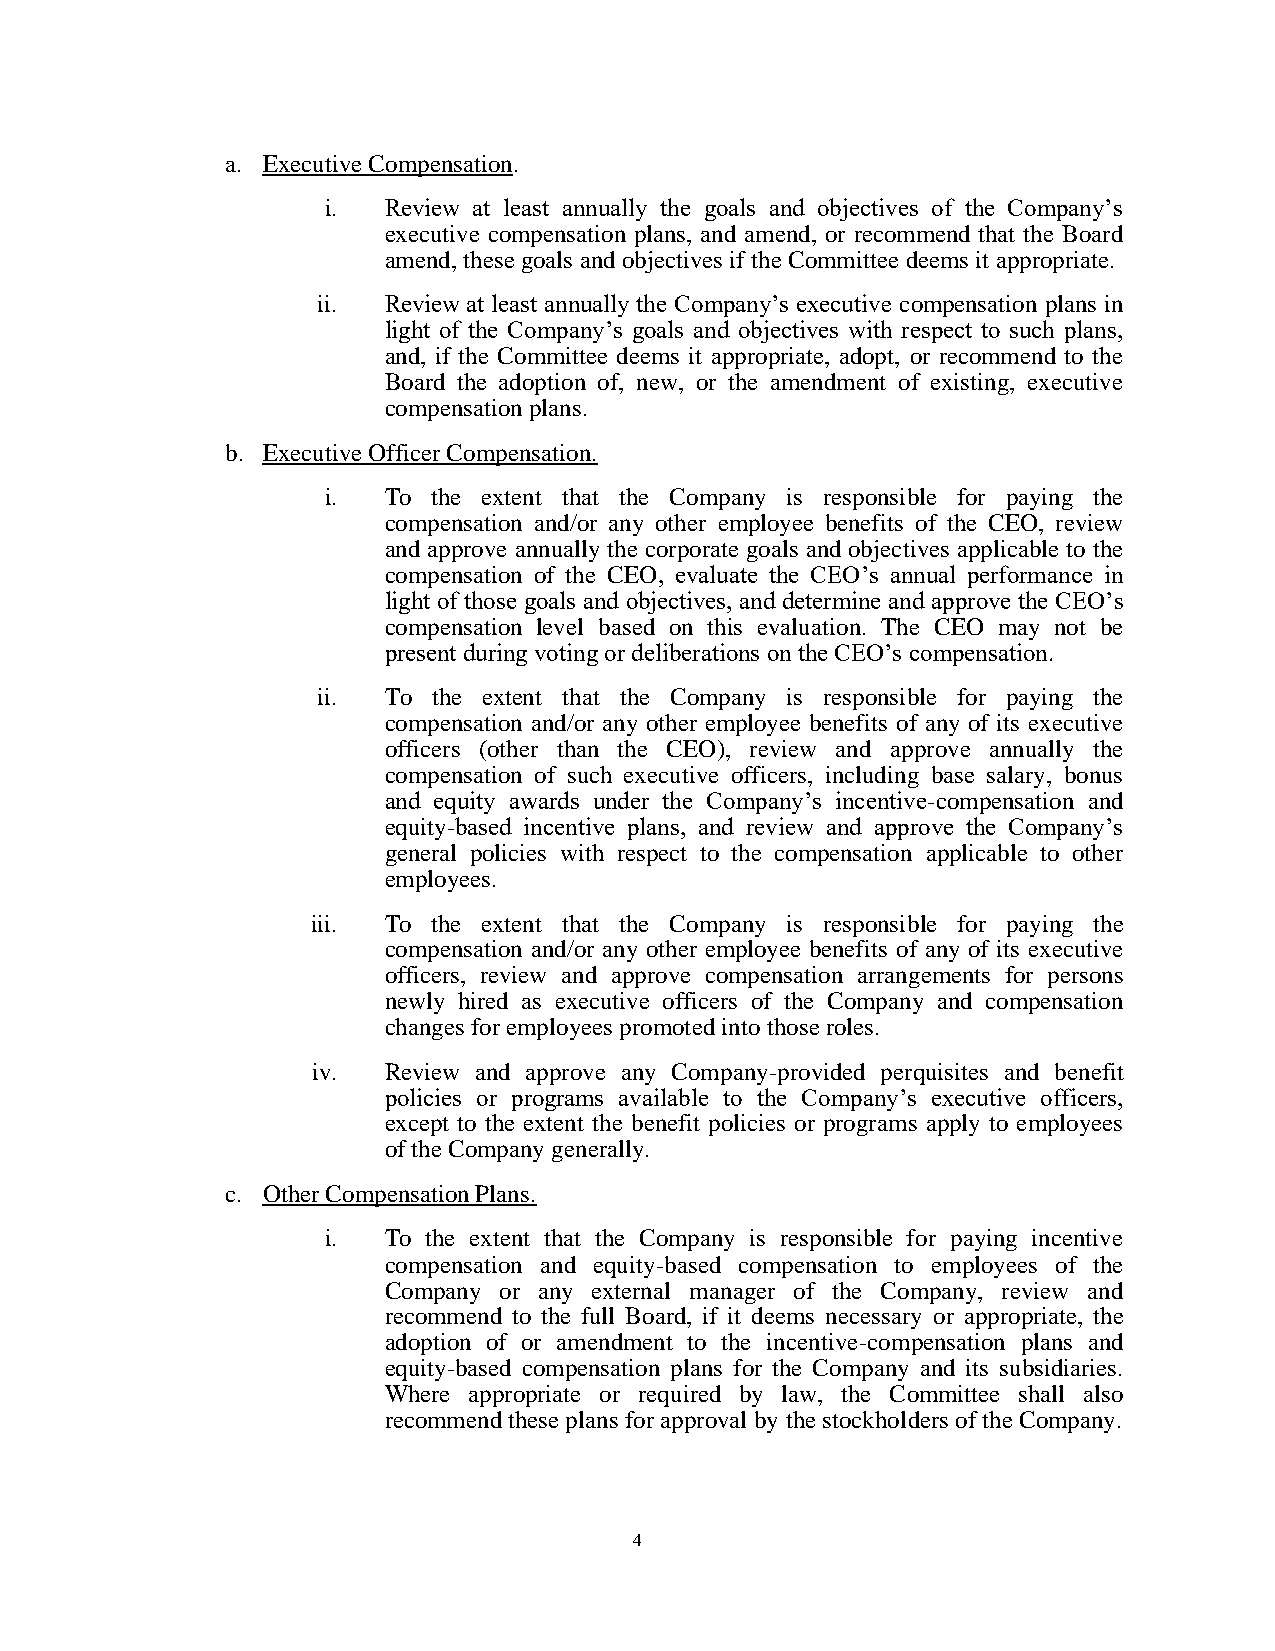
a. Executive Compensation.
 i.  Review at least annually the goals and objectives of the Company’s
 executive compensation plans, and amend, or recommend that the Board
 amend, these goals and objectives if the Committee deems it appropriate.
 ii. Review at least annually the Company’s executive compensation plans in
 light of the Company’s goals and objectives with respect to such plans,
 and, if the Committee deems it appropriate, adopt, or recommend to the
 Board the adoption of, new, or the amendment of existing, executive
 compensation plans.
 b. Executive Officer Compensation.
 i.  To  the extent that the Company is responsible for paying the
 compensation and/or any other employee benefits of the CEO, review
 and approve annually the corporate goals and objectives applicable to the
 compensation of the CEO, evaluate the CEO’s annual performance in
 light of those goals and objectives, and determine and approve the CEO’s
 compensation level based on this evaluation. The CEO may not be
 present during voting or deliberations on the CEO’s compensation.
 ii. To  the extent that the Company is responsible for paying the
 compensation and/or any other employee benefits of any of its executive
 officers (other than the CEO), review and approve annually the
 compensation of such executive officers, including base salary, bonus
 and equity awards under the Company’s incentive-compensation and
 equity-based incentive plans, and review and approve the Company’s
 general policies with respect to the compensation applicable to other
 employees.
 iii. To the extent that the Company is responsible for paying the
 compensation and/or any other employee benefits of any of its executive
 officers, review and approve compensation arrangements for persons
 newly hired as executive officers of the Company and compensation
 changes for employees promoted into those roles.
 iv. Review and approve any Company-provided perquisites and benefit
 policies or programs available to the Company’s executive officers,
 except to the extent the benefit policies or programs apply to employees
 of the Company generally.
 c. Other Compensation Plans.
 i.  To the extent that the Company is responsible for paying incentive
 compensation and equity-based compensation to employees of the
 Company or any external manager of the Company, review and
 recommend to the full Board, if it deems necessary or appropriate, the
 adoption of or amendment to the incentive-compensation plans and
 equity-based compensation plans for the Company and its subsidiaries.
 Where appropriate or required by law, the Committee shall also
 recommend these plans for approval by the stockholders of the Company.
 4